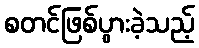
စတင်ဖြစ်ပွားခဲ့သည့်